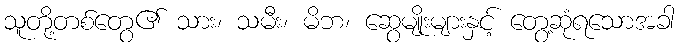
သူတို့တစ်တွေ၏ သား၊ သမီး၊ မိဘ၊ ဆွေမျိုးများနှင့် တွေ့ဆုံရသောအခါ